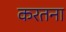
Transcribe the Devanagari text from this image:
करतना